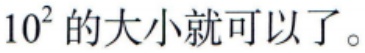
$10^{2}$的大小就可以了。